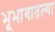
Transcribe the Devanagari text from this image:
भूभागातल्या